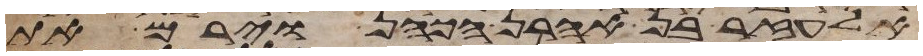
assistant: אלעזר בן אהרן הכהן וירם את